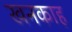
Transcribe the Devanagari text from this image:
खनकाह